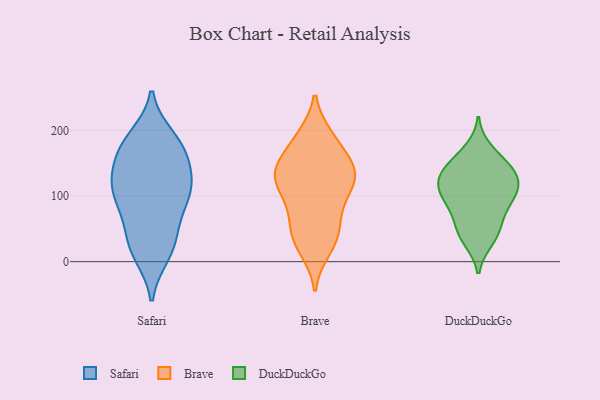
{"axis": {"x": "Page Views", "y": "Value"}, "legend": ["Brave", "DuckDuckGo", "Safari"], "data": [{"x": "", "y": 122, "type": "Safari"}, {"x": "", "y": 171, "type": "Safari"}, {"x": "", "y": 190, "type": "Safari"}, {"x": "", "y": 179, "type": "Safari"}, {"x": "", "y": 38, "type": "Safari"}, {"x": "", "y": 79, "type": "Safari"}, {"x": "", "y": 133, "type": "Safari"}, {"x": "", "y": 151, "type": "Safari"}, {"x": "", "y": 162, "type": "Safari"}, {"x": "", "y": 186, "type": "Safari"}, {"x": "", "y": 121, "type": "Safari"}, {"x": "", "y": 53, "type": "Safari"}, {"x": "", "y": 10, "type": "Safari"}, {"x": "", "y": 96, "type": "Safari"}, {"x": "", "y": 13, "type": "Safari"}, {"x": "", "y": 99, "type": "Safari"}, {"x": "", "y": 97, "type": "Safari"}, {"x": "", "y": 26, "type": "Safari"}, {"x": "", "y": 116, "type": "Safari"}, {"x": "", "y": 138, "type": "Brave"}, {"x": "", "y": 181, "type": "Brave"}, {"x": "", "y": 131, "type": "Brave"}, {"x": "", "y": 116, "type": "Brave"}, {"x": "", "y": 97, "type": "Brave"}, {"x": "", "y": 147, "type": "Brave"}, {"x": "", "y": 187, "type": "Brave"}, {"x": "", "y": 189, "type": "Brave"}, {"x": "", "y": 78, "type": "Brave"}, {"x": "", "y": 134, "type": "Brave"}, {"x": "", "y": 30, "type": "Brave"}, {"x": "", "y": 38, "type": "Brave"}, {"x": "", "y": 46, "type": "Brave"}, {"x": "", "y": 129, "type": "Brave"}, {"x": "", "y": 66, "type": "Brave"}, {"x": "", "y": 20, "type": "Brave"}, {"x": "", "y": 119, "type": "Brave"}, {"x": "", "y": 146, "type": "Brave"}, {"x": "", "y": 64, "type": "DuckDuckGo"}, {"x": "", "y": 170, "type": "DuckDuckGo"}, {"x": "", "y": 105, "type": "DuckDuckGo"}, {"x": "", "y": 134, "type": "DuckDuckGo"}, {"x": "", "y": 49, "type": "DuckDuckGo"}, {"x": "", "y": 110, "type": "DuckDuckGo"}, {"x": "", "y": 97, "type": "DuckDuckGo"}, {"x": "", "y": 81, "type": "DuckDuckGo"}, {"x": "", "y": 131, "type": "DuckDuckGo"}, {"x": "", "y": 151, "type": "DuckDuckGo"}, {"x": "", "y": 33, "type": "DuckDuckGo"}, {"x": "", "y": 119, "type": "DuckDuckGo"}, {"x": "", "y": 149, "type": "DuckDuckGo"}, {"x": "", "y": 129, "type": "DuckDuckGo"}, {"x": "", "y": 39, "type": "DuckDuckGo"}, {"x": "", "y": 97, "type": "DuckDuckGo"}]}